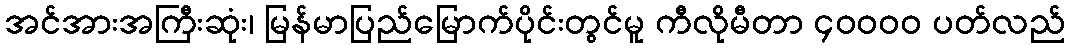
အင်အားအကြီးဆုံး၊ မြန်မာပြည်မြောက်ပိုင်းတွင်မူ ကီလိုမီတာ ၄၀၀၀၀ ပတ်လည်